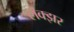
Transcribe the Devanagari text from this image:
लक्झर